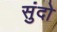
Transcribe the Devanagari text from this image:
सुंदो